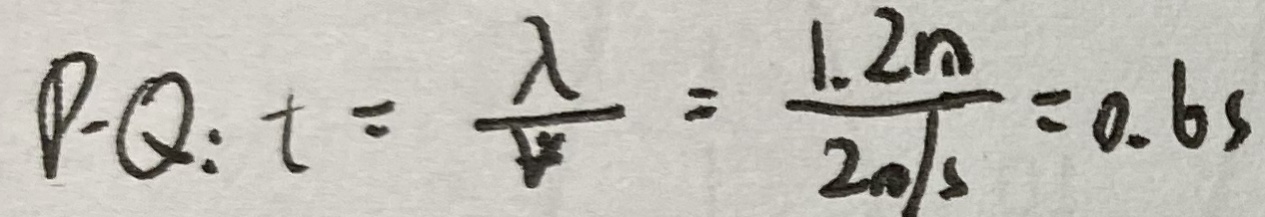
P \cdot Q : t = \frac { \lambda } { V } = \frac { 1 . 2 m } { 2 0 / s } = 0 . 6 s